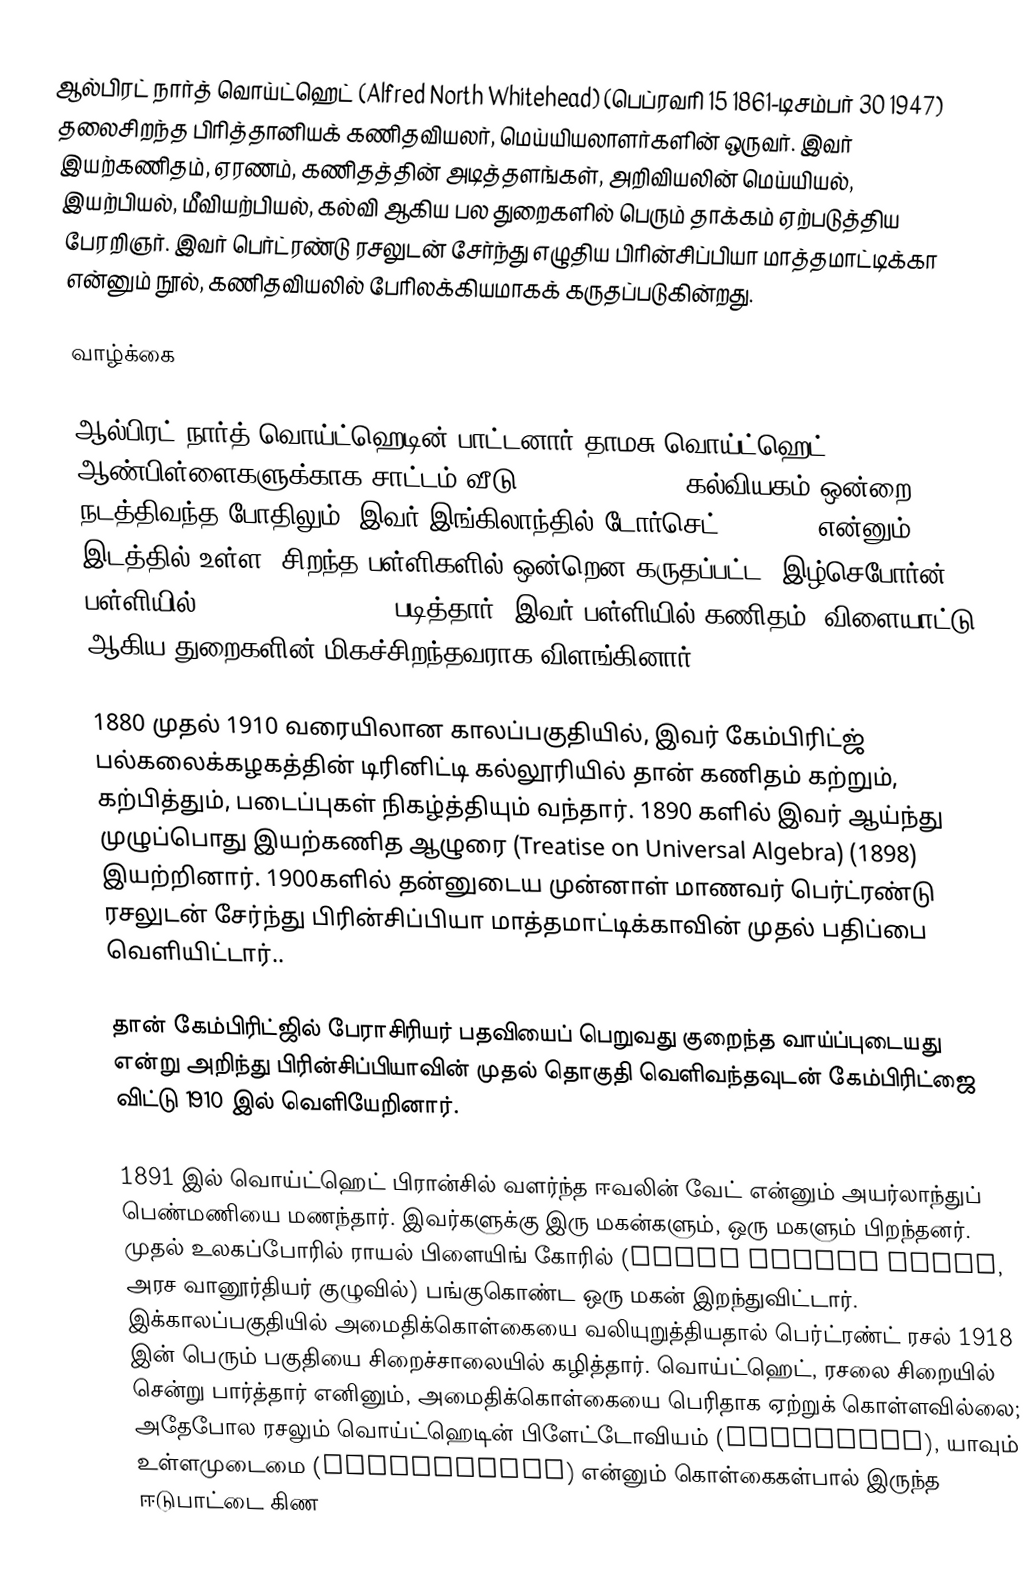
ஆல்பிரட் நார்த் வொய்ட்ஹெட் (Alfred North Whitehead) (பெப்ரவரி 15 1861-டிசம்பர் 30 1947) தலைசிறந்த பிரித்தானியக் கணிதவியலர், மெய்யியலாளர்களின் ஒருவர். இவர் இயற்கணிதம், ஏரணம், கணிதத்தின் அடித்தளங்கள், அறிவியலின் மெய்யியல், இயற்பியல், மீவியற்பியல், கல்வி ஆகிய பல துறைகளில் பெரும் தாக்கம் ஏற்படுத்திய பேரறிஞர். இவர் பெர்ட்ரண்டு ரசலுடன் சேர்ந்து எழுதிய பிரின்சிப்பியா மாத்தமாட்டிக்கா என்னும் நூல், கணிதவியலில் பேரிலக்கியமாகக் கருதப்படுகின்றது.

வாழ்க்கை

ஆல்பிரட் நார்த் வொய்ட்ஹெடின் பாட்டனார் தாமசு வொய்ட்ஹெட் ஆண்பிள்ளைகளுக்காக சாட்டம் வீடு (Chatham House) கல்வியகம் ஒன்றை நடத்திவந்த போதிலும், இவர் இங்கிலாந்தில் டோர்செட் (Dorset) என்னும் இடத்தில் உள்ள, சிறந்த பள்ளிகளில் ஒன்றென கருதப்பட்ட, இழ்செபோர்ன் பள்ளியில் (Sherborne School) படித்தார். இவர் பள்ளியில் கணிதம், விளையாட்டு ஆகிய துறைகளின் மிகச்சிறந்தவராக விளங்கினார்.

1880 முதல் 1910 வரையிலான காலப்பகுதியில், இவர் கேம்பிரிட்ஜ் பல்கலைக்கழகத்தின் டிரினிட்டி கல்லூரியில் தான் கணிதம் கற்றும், கற்பித்தும், படைப்புகள் நிகழ்த்தியும் வந்தார். 1890 களில் இவர் ஆய்ந்து முழுப்பொது இயற்கணித ஆழுரை (Treatise on Universal Algebra) (1898) இயற்றினார். 1900களில் தன்னுடைய முன்னாள் மாணவர் பெர்ட்ரண்டு ரசலுடன் சேர்ந்து பிரின்சிப்பியா மாத்தமாட்டிக்காவின் முதல் பதிப்பை வெளியிட்டார்..

தான் கேம்பிரிட்ஜில் பேராசிரியர் பதவியைப் பெறுவது குறைந்த வாய்ப்புடையது என்று அறிந்து பிரின்சிப்பியாவின் முதல் தொகுதி வெளிவந்தவுடன் கேம்பிரிட்ஜை விட்டு 1910 இல் வெளியேறினார்.

1891 இல் வொய்ட்ஹெட் பிரான்சில் வளர்ந்த ஈவலின் வேட் என்னும் அயர்லாந்துப் பெண்மணியை மணந்தார். இவர்களுக்கு இரு மகன்களும், ஒரு மகளும் பிறந்தனர். முதல் உலகப்போரில் ராயல் பிளையிங் கோரில் (Royal Flying Corps, அரச வானூர்தியர் குழுவில்) பங்குகொண்ட ஒரு மகன் இறந்துவிட்டார். இக்காலப்பகுதியில் அமைதிக்கொள்கையை வலியுறுத்தியதால் பெர்ட்ரண்ட் ரசல் 1918 இன் பெரும் பகுதியை சிறைச்சாலையில் கழித்தார். வொய்ட்ஹெட், ரசலை சிறையில் சென்று பார்த்தார் எனினும், அமைதிக்கொள்கையை பெரிதாக ஏற்றுக் கொள்ளவில்லை; அதேபோல ரசலும் வொய்ட்ஹெடின் பிளேட்டோவியம் (Platonism), யாவும் உள்ளமுடைமை (Panpsychism) என்னும் கொள்கைகள்பால் இருந்த ஈடுபாட்டை கிண